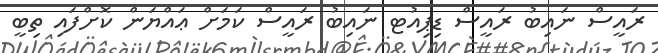
ރައީސް ނައިބު ރައީސް ޑިޕިއުޓ ނައިބު ރައީސް ކަމަށް ޢައްޔަން ކޮށްފައި ތިބީ